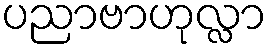
ပညာဗာဟုလ္လာ